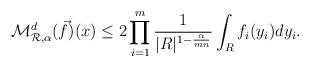
LaTeX: \begin{align*}\mathcal{M}_{\mathcal{R},\alpha}^d(\vec{f})(x) \leq 2 \prod_{i=1}^m \frac{1}{|R|^{1-\frac{\alpha}{mn}}} \int_R f_i(y_i)dy_i.\end{align*}